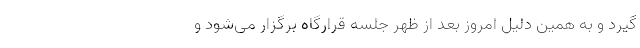
گیرد و به همین دلیل امروز بعد از ظهر جلسه قرارگاه برگزار می‌شود و